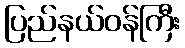
ပြည်နယ်ဝန်ကြီး